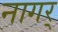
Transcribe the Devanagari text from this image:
नागर्